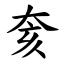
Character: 奒